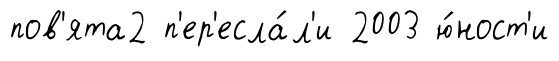
пов'ята2 п'ер'есла́л'и 2003 ю́ност'и